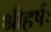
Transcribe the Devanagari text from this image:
श्रीहर्षः